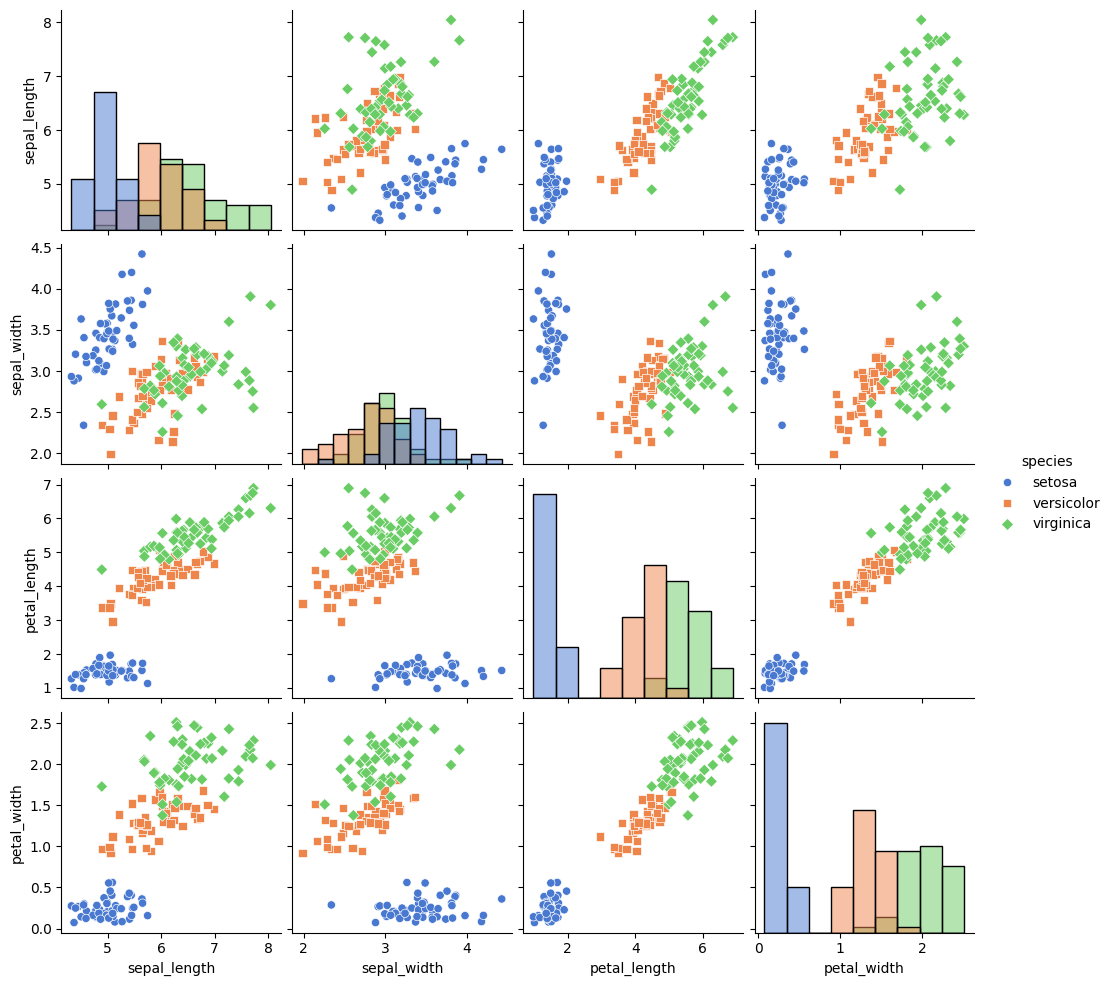
python, seaborn, pairplot, palette='muted', markers=['o', 's', 'D'], kind='scatter', diag_kind='hist'